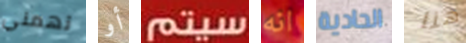
تهمني أو سيتم انه الحادية هنا